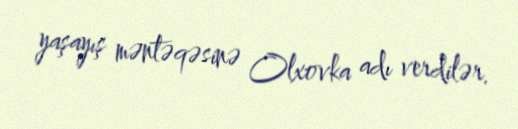
yaşayış məntəqəsinə Olxovka adı verdilər.